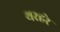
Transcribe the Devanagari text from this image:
थरहरे